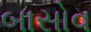
બાસોવ